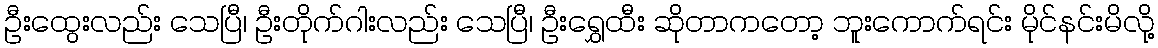
ဦးထွေးလည်း သေပြီ၊ ဦးတိုက်ဂါးလည်း သေပြီ၊ ဦးရွှေထီး ဆိုတာကတော့ ဘူးကောက်ရင်း မိုင်နင်းမိလို့